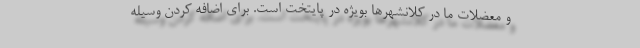
و معضلات ما در کلانشهرها بویژه در پایتخت است. برای اضافه کردن وسیله